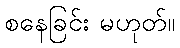
စနေခြင်း မဟုတ်။